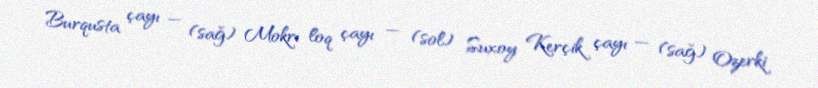
Burqusta çayı — (sağ) Mokrı loq çayı — (sol) Suxoy Kerçik çayı — (sağ) Ozerki